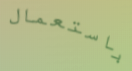
باستعمال